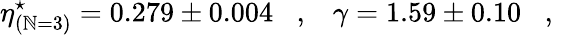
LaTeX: \eta_{(\mathbb{N}=3)}^{\star}=0.279\pm0.004\, \, \, \, \, ,\, \, \, \, \, \gamma=1.59\pm0.10\, \, \, \, \, ,\, \, \, \, \,